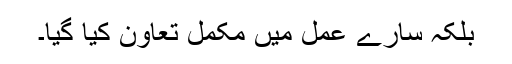
بلکہ سارے عمل میں مکمل تعاون کیا گیا۔